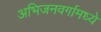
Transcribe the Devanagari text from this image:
अभिजनवर्गामध्ये